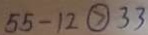
5 5 - 1 2 \textcircled { > } 3 3